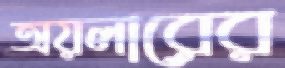
অয়লারের